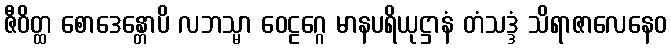
ဇီဝိတ္ထ စောဒေန္တောပိ လဘသ္မာ ဝေဠဂ္ဂေ မာနပရိယုဋ္ဌာနံ တံသဒ္ဒံ သိရာဇာလေနေဝ